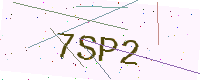
Text: 7SP2